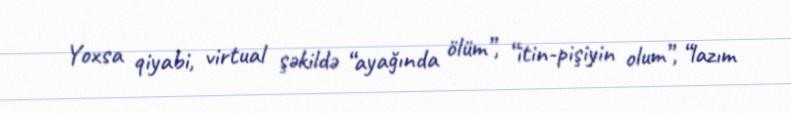
Yoxsa qiyabi, virtual şəkildə “ayağında ölüm”, “itin-pişiyin olum”, “lazım